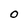
Character: O